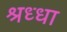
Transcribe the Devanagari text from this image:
श्रध्धा